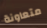
متعاونة